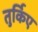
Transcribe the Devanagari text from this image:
तुर्किए